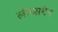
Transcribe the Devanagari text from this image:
लीब्समैन